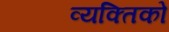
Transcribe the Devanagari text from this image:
व्यक्तिको